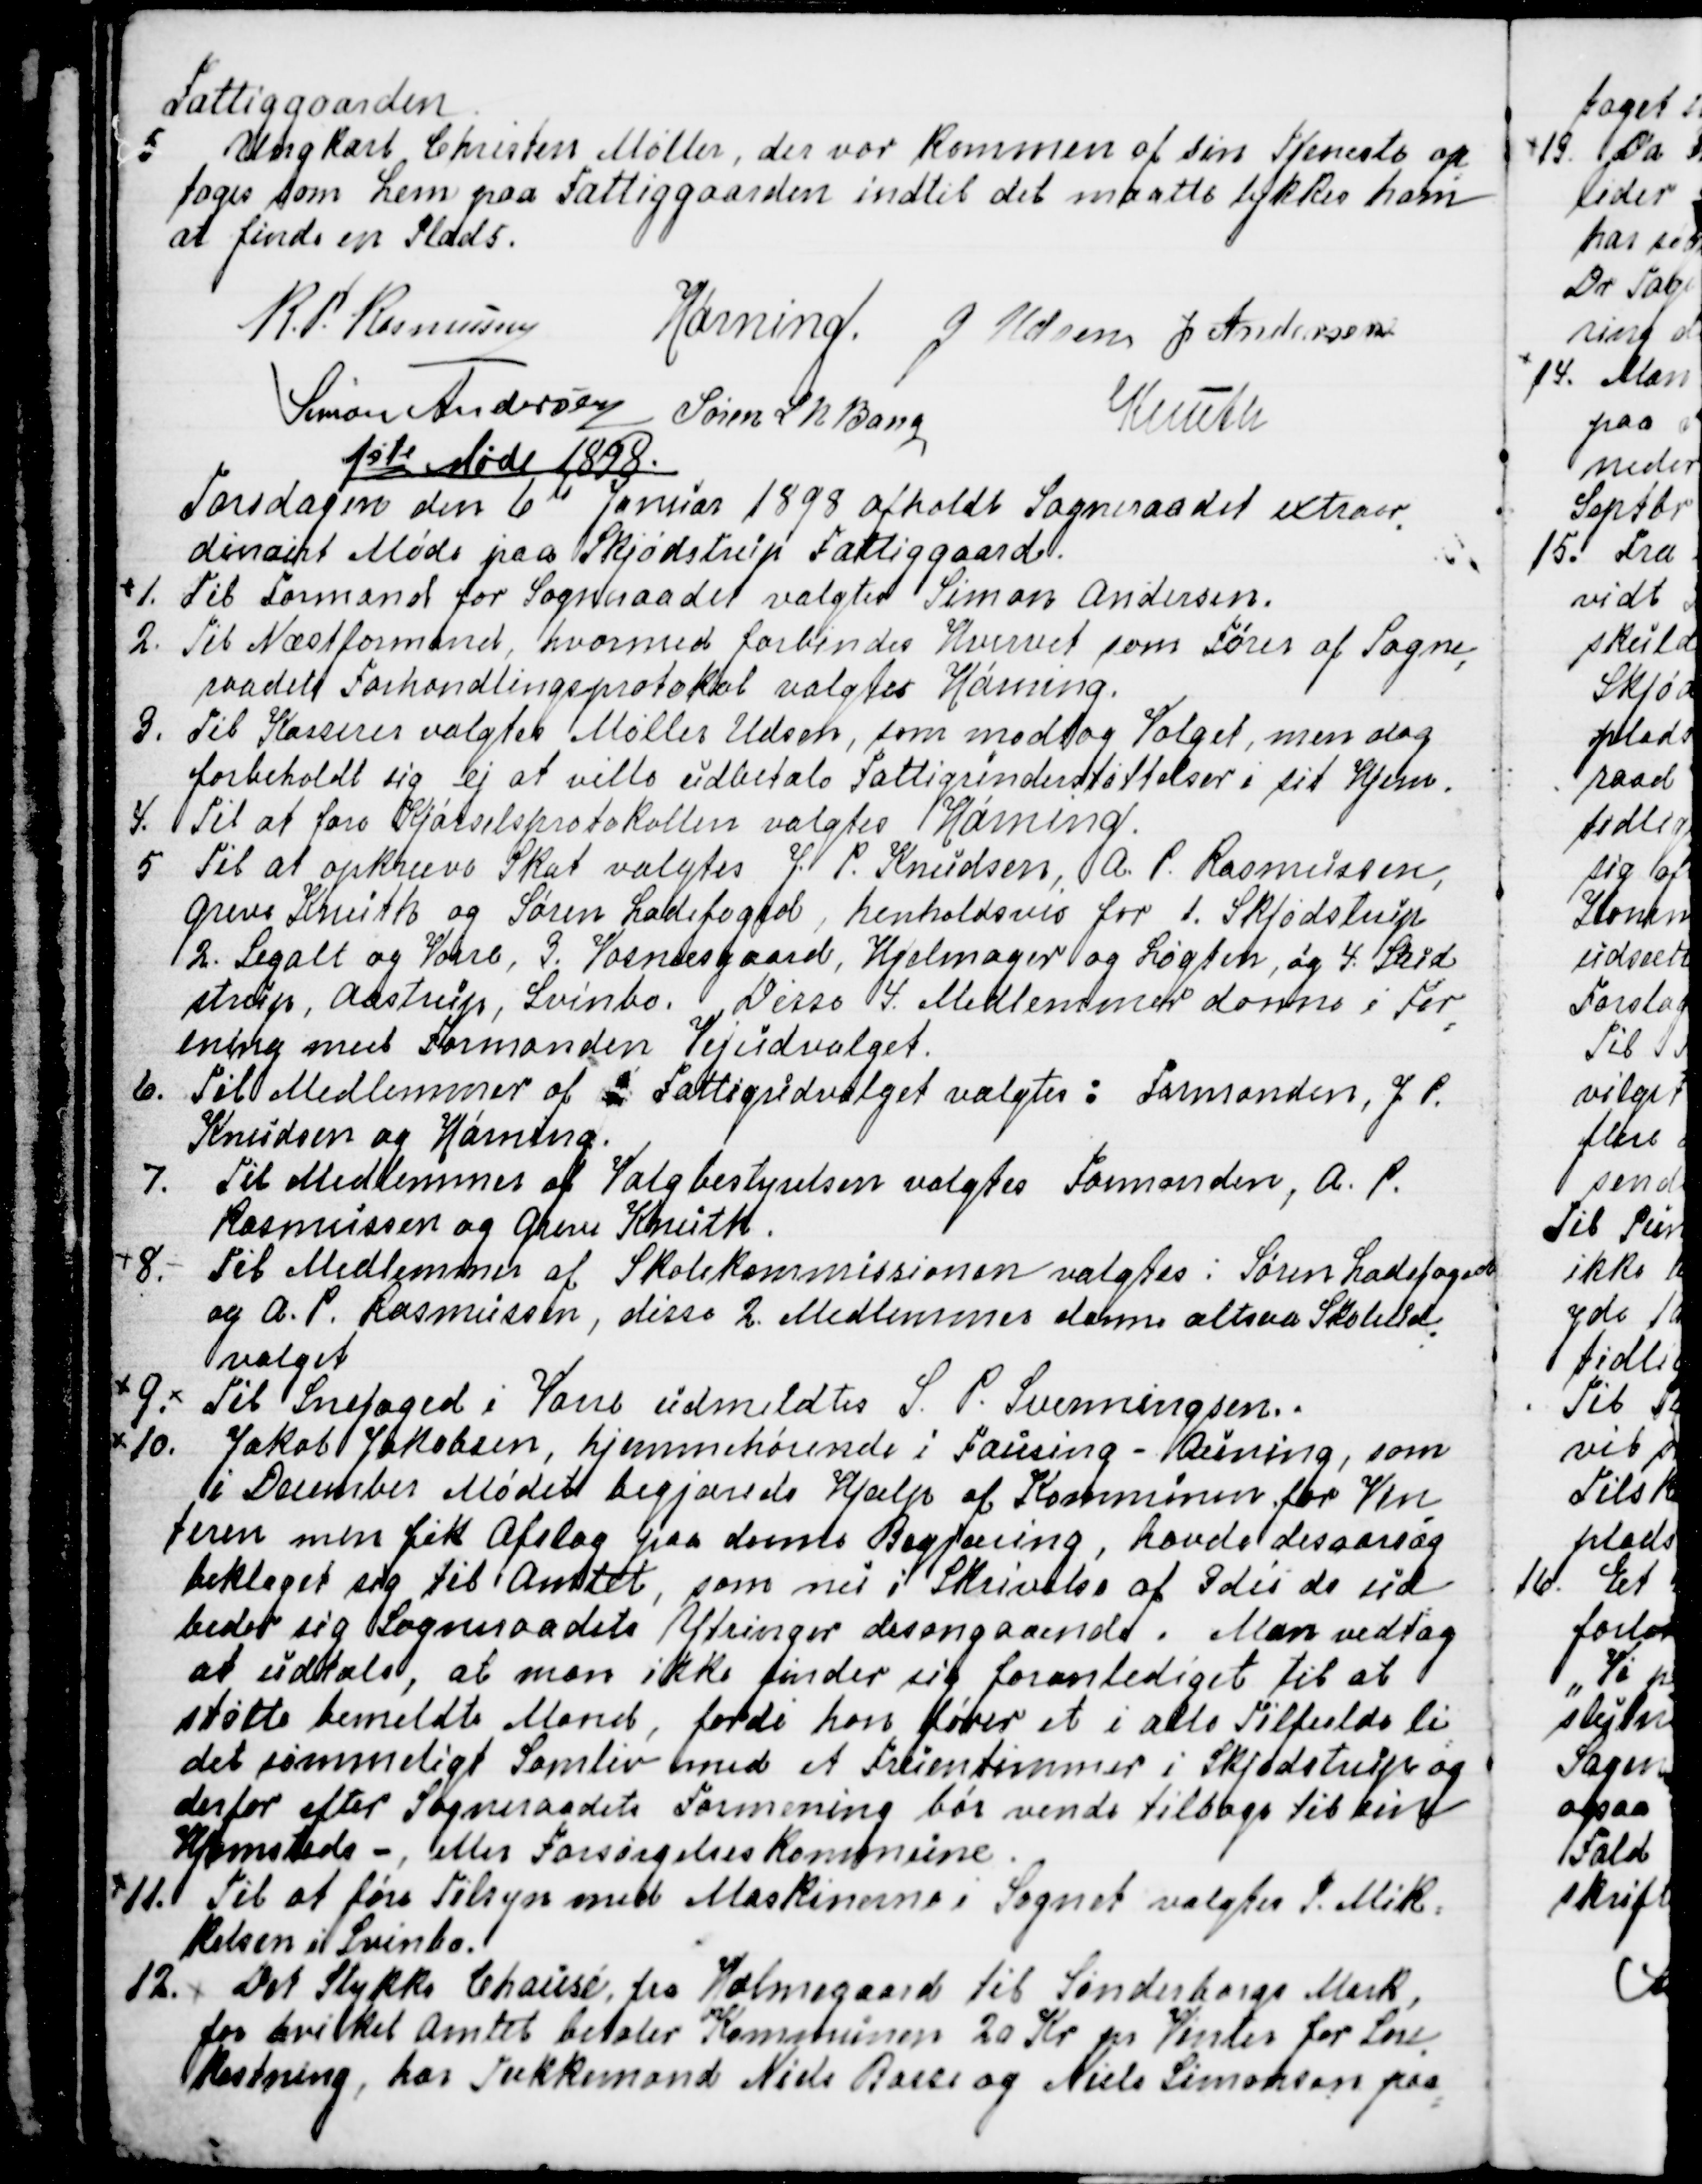
Transskription:
Fattiggaarden.
5 Ungkarl Christen Møller, der var kommen af sin Tjeneste op
=
toges som Lem paa Fattiggaarden indtil det maatte lykkes ham
at finde en Plads.
R.P. Rasmussen
Hørning.
J Udsen
J Andersen
Simon Andersen
Søren L N Bang
Knuth

1ste Møde 1898.
Torsdagen den 6te Januar 1898 afholdt Sogneraadet extraor
=
dinairt Møde paa Skjødstrup Fattiggaard.
1. Til Formand for Sogneraadet valgtes Simon Andersen.
2. Til Næstformand, hvormed forbindes Hvervet som Fører af Sogne
=
raadets Forhandlingsprotokol valgtes Hørning.
3. Til Kasserer valgtes Møller Udsen, som modtog Valget, men dog
forbeholdt sig ej at ville udbetale Fattigunderstøttelser i sit Hjem.
4. Til at føre Kjørselsprotokollen valgtes Hørning.
5 Til at opkræve Skat valgtes J. P. Knudsen, A. P. Rasmussen,
Greve Knuth og Søren Ladefoged, henholdsvis for 1. Skjødstrup
2. Segalt og Vorre, 3. Vosnæsgaard, Hjelmager og Løgten og 4. Stud
=
strup, Aastrup, Svinbo. Disse 4 Medlemmer danne i For
=
ening med Formanden Vejudvalget.
6. Til Medlemmer af F Fattigudvalget valgtes: Formanden, J. P.
Knudsen og Hørning.
7. Til Medlemmer af Valgbestyrelsen valgtes Formanden, A. P.
Rasmussen og Greve Knuth.
8. Til Medlemmer af Skolekommissionen valgtes: Søren Ladefoged
og A. P. Rasmussen, disse 2 Medlemmer danne altsaa Skoleud
=
valget.
9. 
Til Snefoged i Vorre udmeldtes S. P. Svenningsen.
10. Jakob Jakobsen, hjemmehørende i Fausing - Auning, som
i Decembermødet begjærede Hjælp af Kommunen for Vin
=
teren men fik Afslag paa denne Begjæring, havde desaarsag
beklaget sig til Amtet, som nu i Skrivelse af 3die ds ud
=
beder sig Sogneraadets Ytringer desangaaende. Man vedtog
at udtale, at man ikke finder sig foranlediget til at
støtte bemeldte Mand, fordi han fører et i alle Tilfælde li
=
det sømmeligt Samliv med et Fruentimmer i Skjødstrup og
derfor efter Sogneraadets Formening bør vende tilbage til sin
Hjemsteds -, eller Forsørgelseskommune.
11. Til at føre Tilsyn med Maskinerne i Sognet valgtes P. Mik=
kelsen i Svinbo.
12.
Det stykke Chausé fra Vosnæsgaard til Sønderborgs Mark,
for hvilket Amtet betaler Kommunen 20 Kr pr Vinter for Sne
=
kastning, har Tækkemand Niels Basse og Niels Simonsen paa
=